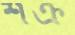
শক্র